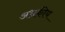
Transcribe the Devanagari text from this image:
अभ्रकीय